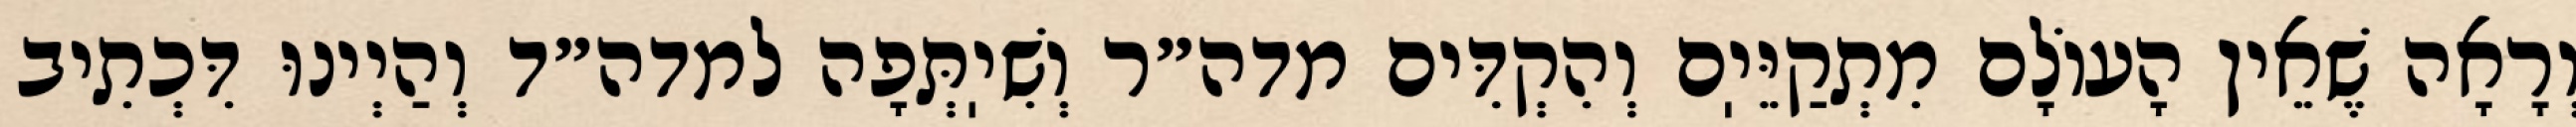
וְרָאָה שֶׁאֵין הָעוֹלָם מִתְקַיֵּיֽם וְהִקְדִּים מדה״ר וְשִׁיֽתְּפָה למדה״ד וְהַיְינוּ דִּכְתִיב